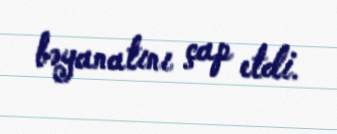
bəyanatını çap etdi.